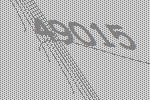
49015